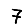
Digit: 7